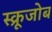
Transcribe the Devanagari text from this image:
स्क्रूजोब